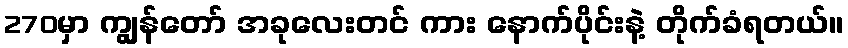
270မှာ ကျွန်တော် အခုလေးတင် ကား နောက်ပိုင်းနဲ့ တိုက်ခံရတယ်။